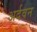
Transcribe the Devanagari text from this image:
अर्दवन